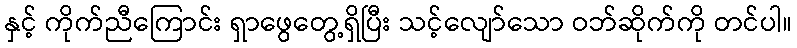
နှင့် ကိုက်ညီကြောင်း ရှာဖွေတွေ့ရှိပြီး သင့်လျော်သော ဝဘ်ဆိုက်ကို တင်ပါ။